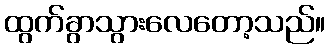
ထွက်ခွာသွားလေတော့သည်။